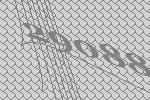
29088